Bréfritari: Margrét Daníelsdóttir
Viðtakandi: Jakobína Magnúsdóttir
Dagsetning: A-1881-04-19
Skrifað á: Höfn  N-Múl. ?
Margrét var dóttir Jakobínu

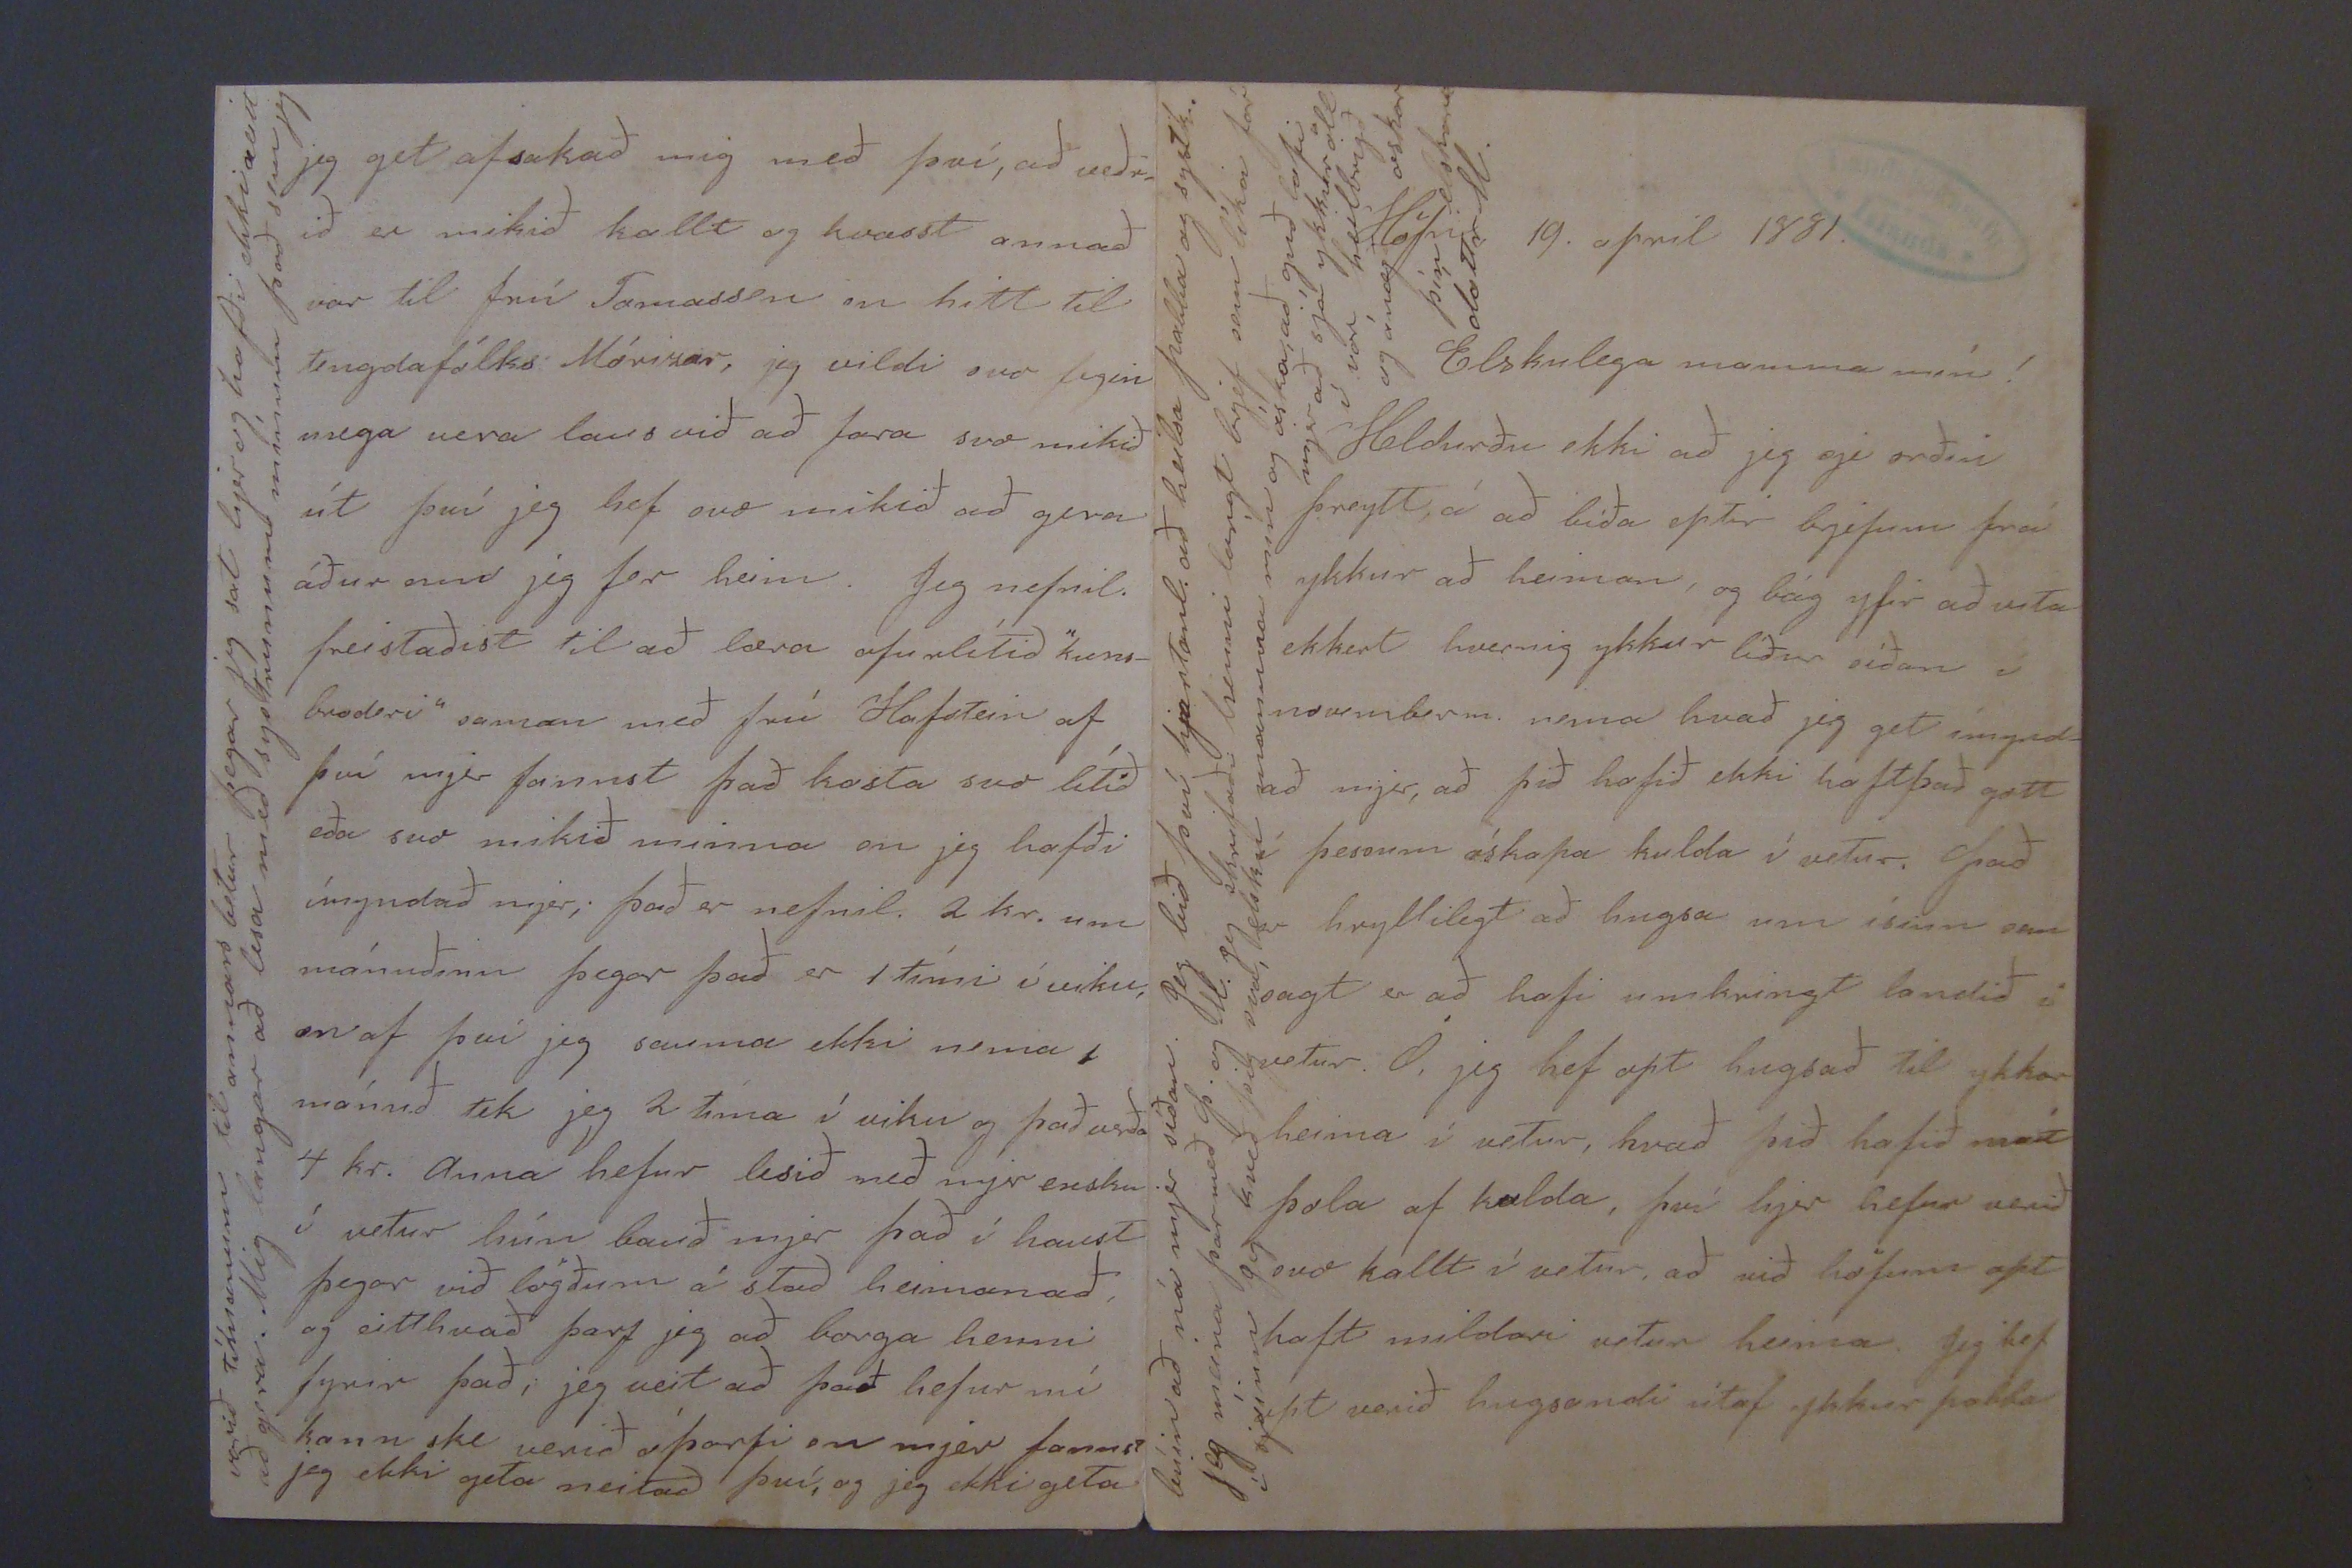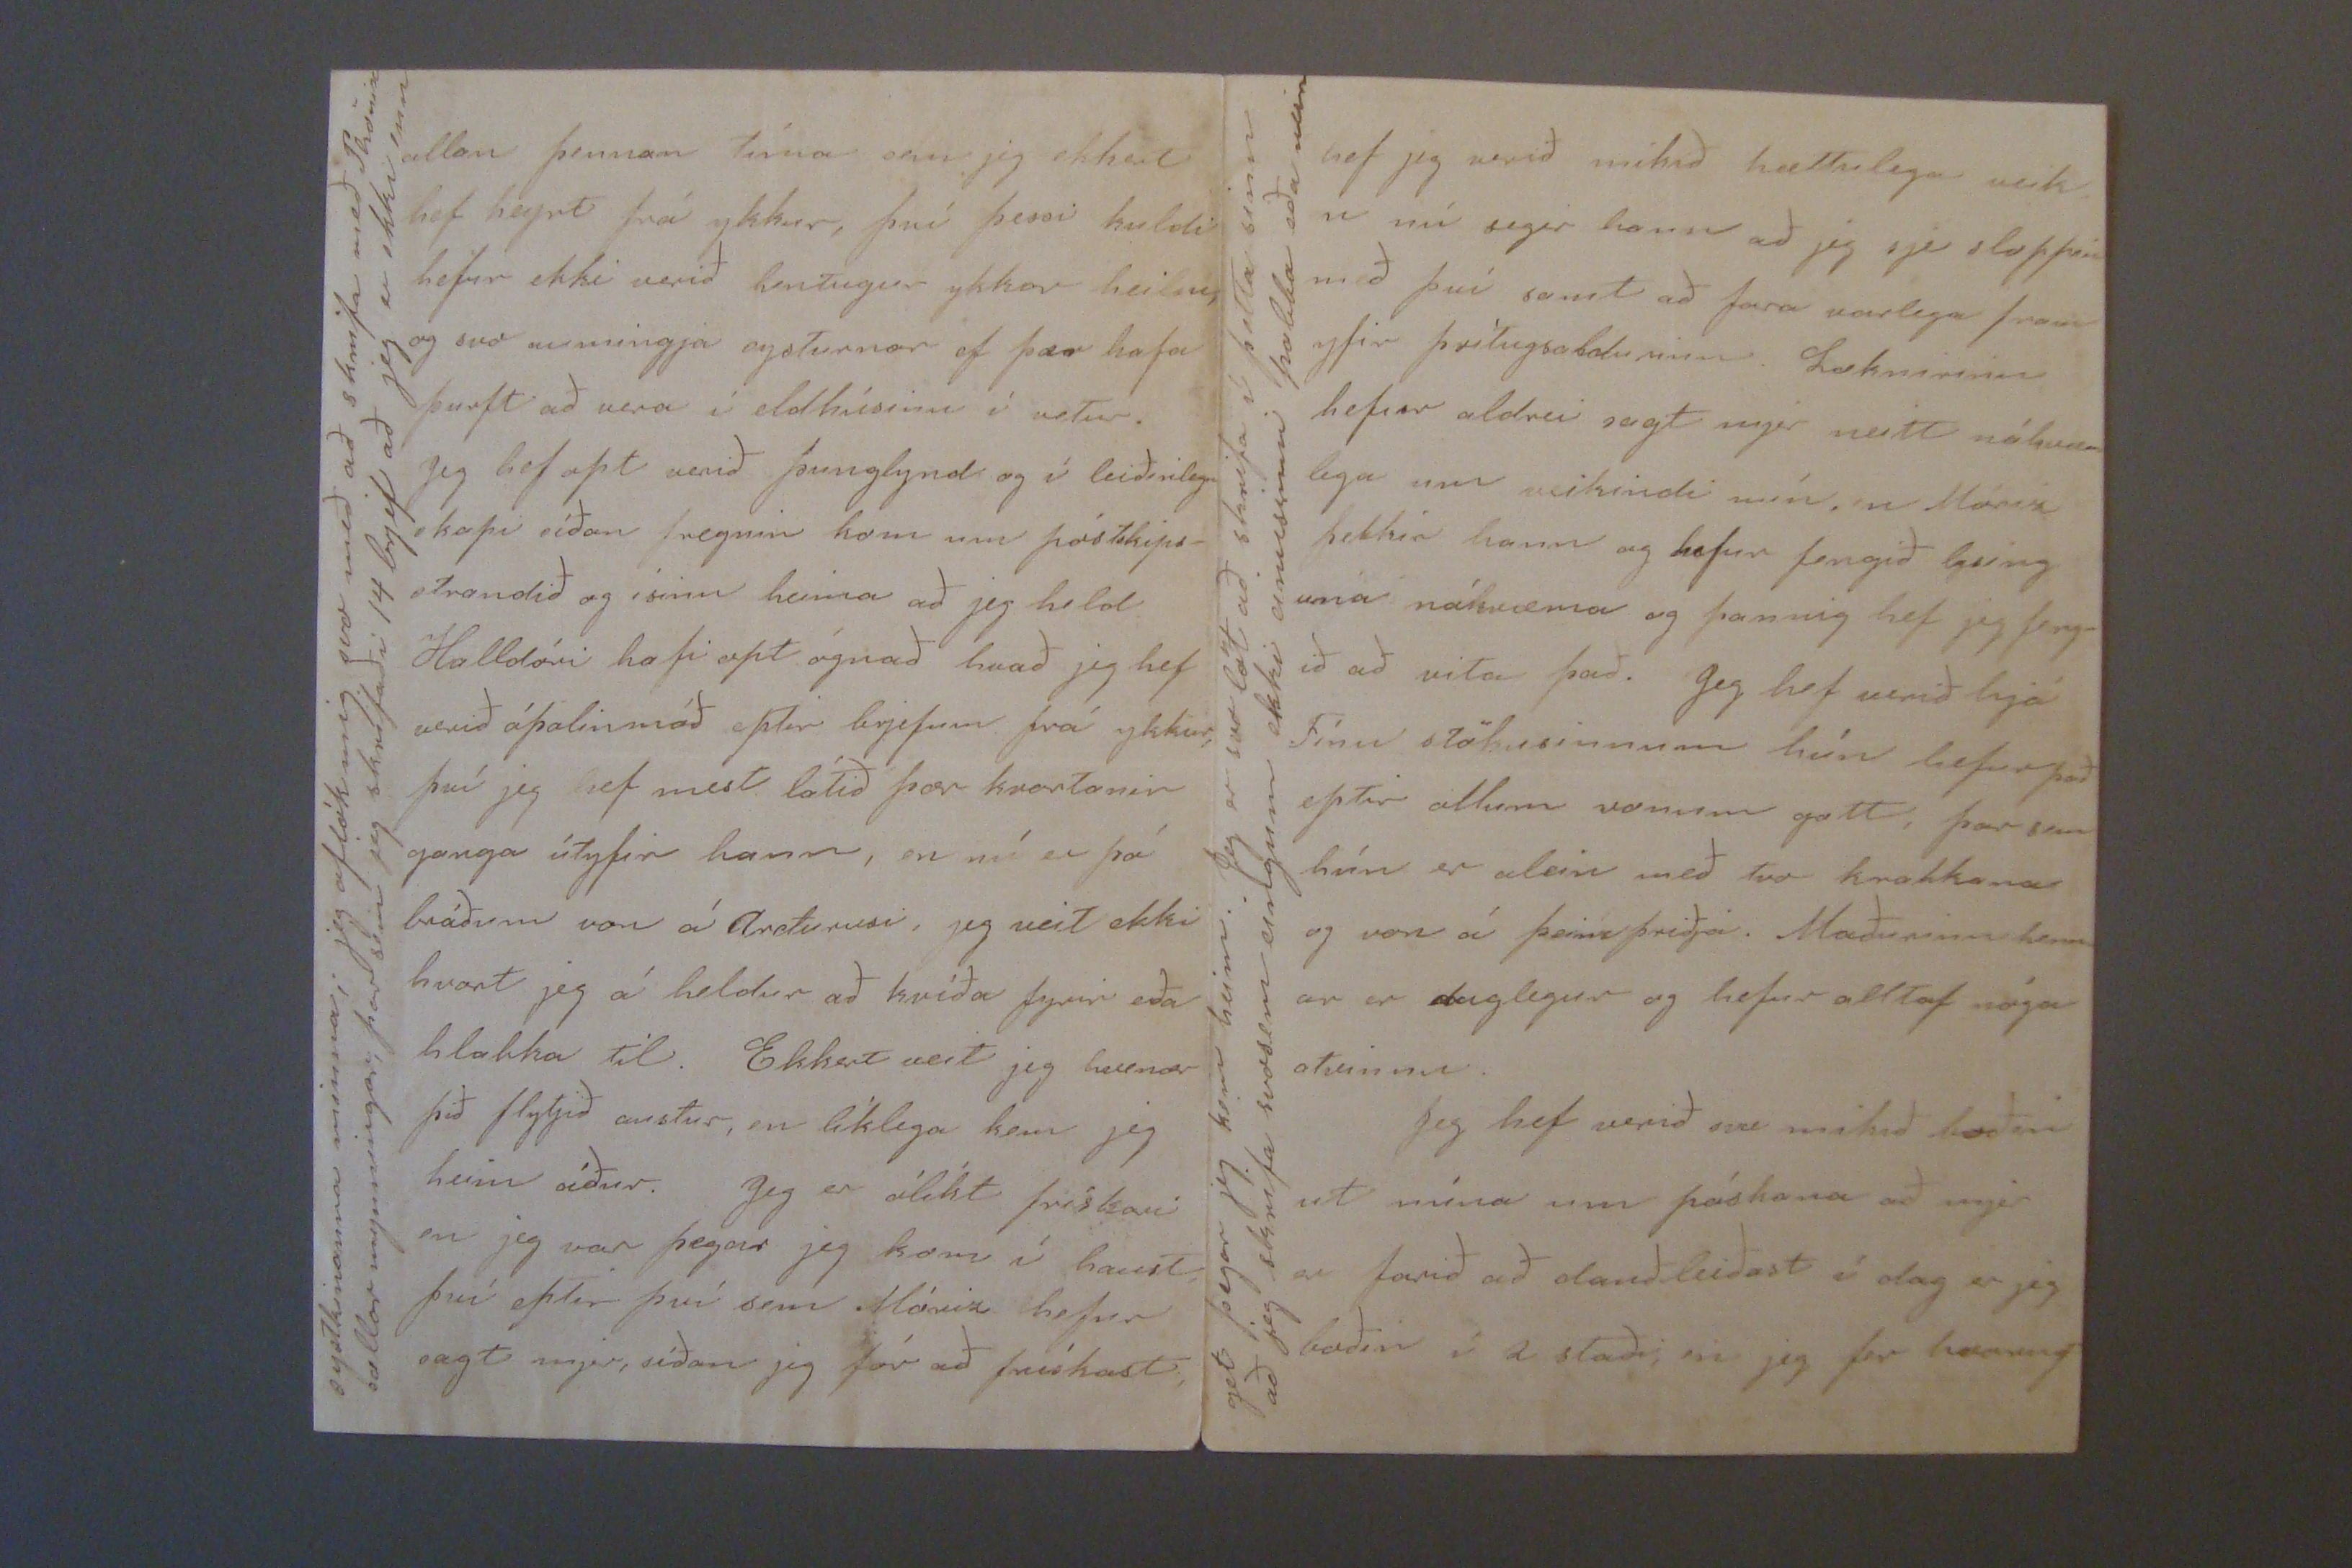

Höfn 19. apríl 1881.
Elskulega mamma mín!
Heldurðu að jeg sje orðin þreytt á að bíða eptir brjefum frá ykkur að heiman, og bág yfir að vita ekkert hvernig ykkur líður síðan í novemberm. nema hvað jeg get ímynd að mjer að þið hafið ekki haft það gott þessum óskapa kulda í vetur. Það er hryllilegt að hugsa um ísinn sem sagt er að hafi umkringt landið i vetur. Ó, jeg hef opt hugsað til ykkar heima í vetur, hvað þið hafið mátt þola af kulda, því hjer hefur verið svo kallt í vetur, að við höfum opt haft mildari vetur heima. Jeg hef opt verið hugsandi útaf ykkur pabba
búin að ná mjer síðan. Jeg bið því hjartanl: að heilsa pabba og systk. jeg meina þar með Þ. og M. jeg skrifaði henni langt brjef sem líka fór í sjóinn jeg kveð þig svo, elsku mamma mín og óska, að guð lofi mjer að sjá ykkur öll í vor, heilbrigð og ánægð oskar þín, elskand dóttir M.
allan þennan tíma sem jeg ekkert hef heyrt frá ykkur, því þessi kuldi hefur ekki verið hentugur ykkar heilsu, og svo aumingja systurnar ef þær hafa þurft að vera í eldhúsinu í vetur. Jeg hef opt verið þunglynd og í leiðinlegu skapi síðan fregnin kom um póstskips- strandið og ísinn heima að jeg held Halldóri hafi opt ógnað hvað jeg hef verið óþolinmóð eptir brjefum frá ykkur, því jeg hef mest látið þær kvartanir ganga útyfir hann, en nú er þá bráðum von á
Orðu00si
, jeg veit ekki hvort jeg á heldur að kvíða fyrir eða hlakka til. Ekkert veit jeg hvenær þið flytjið austur, en líklega kem jeg heim áður. Jeg er ólíkt frískari en jeg var þegar jeg kom í haust því eptir því sem
Má000
hefur sagt mjer, síðan jeg fór að frískast,
systkinanna minna; jeg
oflók
mig svo með að skrifa með Phönix sællar mynningar, þar sem jeg skrifaði 14 brjef að jeg er ekki enn
hef jeg verið mikið hættulega veik en nú segir hann að jeg sje sloppin með því samt að fara varlega fram yfir þrítugsaldur minn. Læknirinn hefur aldrei sagt mjer neitt nákvæm lega um veikindi mín, en
Mórir
þekkir hann og hefur fengið lysing unna nákvæmar og þannig hef jeg feng ið að vita það. Jeg hef verið hjá Fínu stökusinnum hún hefur það eptir öllum vonum gott, þar sem hún er alein með tvo krakkana og von á þeim þriðja. Maðurinn henn ar er duglegur og hefur alltaf nóga atvinnu. Jeg hef verið svo mikið boðin ut núna um páskana að mjer er farið að dauðleiðast í dag er jeg boðin á 2 staði, en jeg fer
hvorugt
get þegar jeg kem heim. Jeg er svo löt að skrifa í þetta sinn að jeg skrifa svosem eingum ekki einusinni pabba eða nein
jeg get afsakað mig með því, að veðr_ ið er mikið kallt og kvasst annað var til frú Tomassen en hitt til tengdafólks Mórissar, jeg vildi svo fegin mega vera laus við að fara svo mikið út því jeg hef svo mikið að gera áður enn jeg for heim. Jeg nefnil. freistaðist til að læra ofurlítið "kuns- broderi" saman með frú Hafstein af því mjer fannst það kosta svo lítið eða svo mikið minna en jeg hafði ímyndað mjer; það er nefnil. 2 kr. um mánuðinn þegar það er 1 tími í viku, en af því jeg sauma ekki nema 1 mánuð tek jeg 2 tíma í viku og það verða 4 kr. anna hefur lesið með mjer ensku í vetur hún bauð mjer það í haust þegar við lögðum á stað heiman að og eitthvað þarf jeg að borga henni fyrir það; jeg veit að það hefur nú kann ske verið óþarfi en mjer fannst jeg ekki geta neitað því, og jeg ekki geta
varið tímanum til annars betur þegar jeg sat hjer og hafði ekki neitt að gera. Mig langar að lesa með systrunum mínum það sem jeg